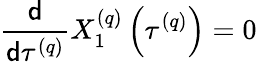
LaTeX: \frac{\mathsf{d}}{\mathsf{d}\tau^{\left(q\right)}}X_{1}^{\left(q\right)}\left(\tau^{\left(q\right)}\right)=0